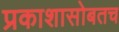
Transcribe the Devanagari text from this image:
प्रकाशासोबतच